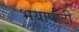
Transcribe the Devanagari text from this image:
भयापोटी